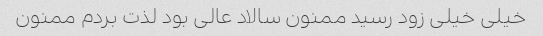
خیلی خیلی زود رسید ممنون سالاد عالی بود لذت بردم ممنون